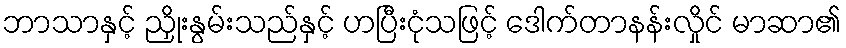
ဘာသာနှင့် ညှိုးနွမ်းသည်နှင့် ဟပြီးငုံသဖြင့် ဒေါက်တာနန်းလှိုင် မာဆာ၏